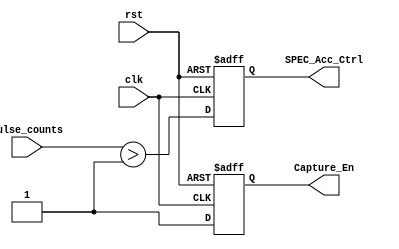
`timescale 1ns / 1ps
//////////////////////////////////////////////////////////////////////////////////
// Company: 
// Engineer: 
// 
// Design Name: 
// Module Name:    Group_Ctrl 
// Project Name: 
// Target Devices: 
// Tool versions: 
// Description: 
//
// Dependencies: 
//
// Revision: 
// Revision 0.01 - File Created
// Additional Comments: 
//
//////////////////////////////////////////////////////////////////////////////////
module Group_Ctrl(
    input wire clk,
    input wire rst,
    input wire [15:0] Pulse_counts,
    output reg Capture_En,
	output reg SPEC_Acc_Ctrl
    );
	
	
// DPRAM
always @(posedge clk or posedge rst)
begin
    if(rst == 1)
        SPEC_Acc_Ctrl <= 0;
    else
        SPEC_Acc_Ctrl <= Pulse_counts > 1;
end

// 
// 
always @(posedge clk or posedge rst)
begin
    if(rst == 1)
        Capture_En <= 0;
    else
        Capture_En <= 1;
end

endmodule